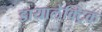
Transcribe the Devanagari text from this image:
डायालेक्ट्रिक